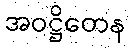
အဝဋ္ဌိတေန